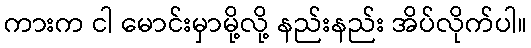
ကားက ငါ မောင်းမှာမို့လို့ နည်းနည်း အိပ်လိုက်ပါ။